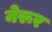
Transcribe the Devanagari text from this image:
नेरूर